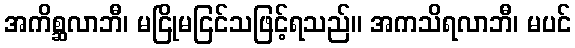
အကိစ္ဆလာဘီ၊ မငြိုမငြင်သဖြင့်ရသည်။ အကသိရလာဘီ၊ မပင်